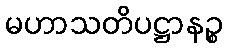
မဟာသတိပဋ္ဌာနဉ္စ